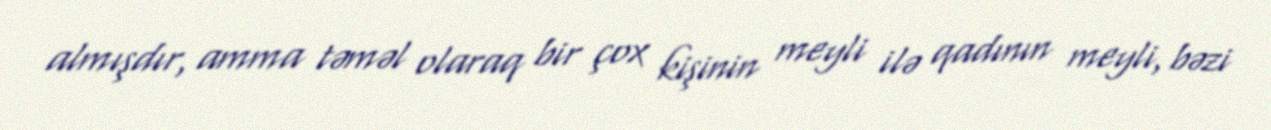
almışdır, amma təməl olaraq bir çox kişinin meyli ilə qadının meyli, bəzi